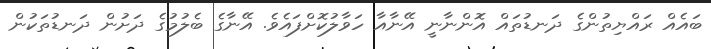
ބައެއް ރައްޔިތުންގެ ދަނޑުތައް އޮންނާނީ އޭނާއާ ހަވާލުކޮށްފައެވެ. އޭނާގެ ބެލުމުގެ ދަށުން ދަނޑުތަކުން